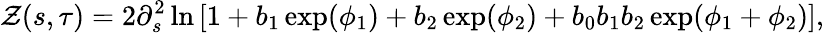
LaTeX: \mathcal{Z}(s,\tau)=2\partial_{s}^{2}\ln\left[1+b_{1}\exp(\phi_{1})+b_{2}\exp(\phi_{2})+b_{0}b_{1}b_{2}\exp(\phi_{1}+\phi_{2})\right],